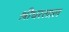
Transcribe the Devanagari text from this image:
श्रीधरलाल